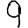
Digit: 9